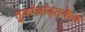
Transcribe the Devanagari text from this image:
तुकोबांइतकेच